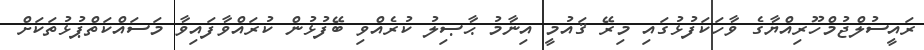
ރައީސުލްޖުމްހޫރިއްޔާގެ ވާހަކަފުޅުގައި މިރޭ ޤައުމީ އިނާމު ޙާޞިލު ކުރެއްވި ބޭފުޅުން ކުރައްވާފައިވާ މަސައްކަތްޕުޅުތަކަށް